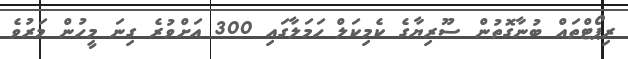
ރިޕޯޓްތައް ބުނާގޮތުން ސޫރިޔާގެ ކެމިކަލް ހަމަލާގައި 300 އަށްވުރެ ގިނަ މީހުން މަރުވެ